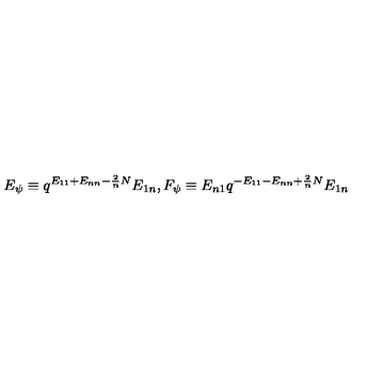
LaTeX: E _ { \psi } \equiv q ^ { E _ { 1 1 } + E _ { n n } - \frac { 2 } { n } N } E _ { 1 n } , F _ { \psi } \equiv E _ { n 1 } q ^ { - E _ { 1 1 } - E _ { n n } + \frac { 2 } { n } N } E _ { 1 n }